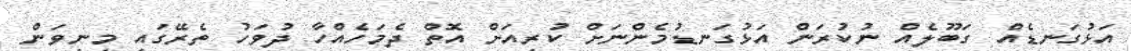
އަޅުގަނޑެއް ގަބޫލެއް ނުކުރަން އަޅުގަނޑުމެންނަށް ކުރިއަށް އޮތް ދެމަހެއްހާ ދުވަހު ތެރޭގައި މިނިވަން